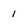
Character: 1